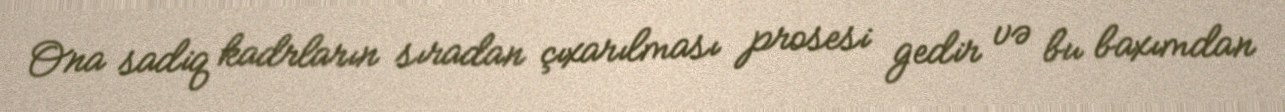
Ona sadiq kadrların sıradan çıxarılması prosesi gedir və bu baxımdan